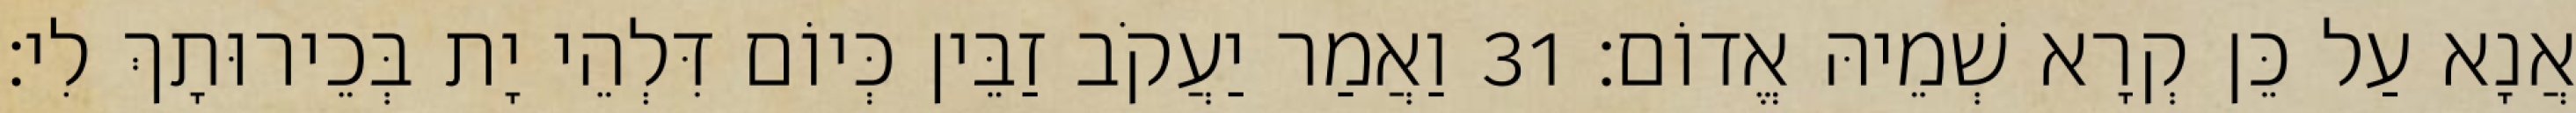
אֲנָא עַל כֵּן קְרָא שְׁמֵיהּ אֱדוֹם׃ 31 וַאֲמַר יַעֲקֹב זַבֵּין כְּיוֹם דִּלְהֵי יָת בְּכֵירוּתָךְ לִי׃